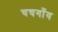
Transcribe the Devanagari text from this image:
चचगाँव